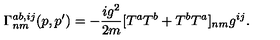
\Gamma _ { n m } ^ { a b , i j } ( p , p ^ { \prime } ) = - \frac { i g ^ { 2 } } { 2 m } [ T ^ { a } T ^ { b } + T ^ { b } T ^ { a } ] _ { n m } g ^ { i j } .